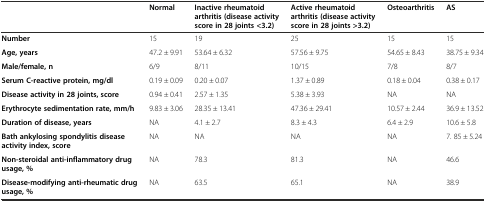
<table><thead><tr><td></td><td><b>Normal</b></td><td><b>Inactive rheumatoid arthritis (disease activity score in 28 joints &lt;3.2)</b></td><td><b>Active rheumatoid arthritis (disease activity score in 28 joints &gt;3.2)</b></td><td><b>Osteoarthritis</b></td><td><b>AS</b></td></tr></thead><tbody><tr><td><b>Number</b></td><td>15</td><td>19</td><td>25</td><td>15</td><td>15</td></tr><tr><td><b>Age, years</b></td><td>47.2 ± 9.91</td><td>53.64 ± 6.32</td><td>57.56 ± 9.75</td><td>54.65 ± 8.43</td><td>38.75 ± 9.34</td></tr><tr><td><b>Male/female, n</b></td><td>6/9</td><td>8/11</td><td>10/15</td><td>7/8</td><td>8/7</td></tr><tr><td><b>Serum C-reactive protein, mg/dl</b></td><td>0.19 ± 0.09</td><td>0.20 ± 0.07</td><td>1.37 ± 0.89</td><td>0.18 ± 0.04</td><td>0.38 ± 0.17</td></tr><tr><td><b>Disease activity in 28 joints, score</b></td><td>0.94 ± 0.41</td><td>2.57 ± 1.35</td><td>5.38 ± 3.93</td><td>NA</td><td>NA</td></tr><tr><td><b>Erythrocyte sedimentation rate, mm/h</b></td><td>9.83 ± 3.06</td><td>28.35 ± 13.41</td><td>47.36 ± 29.41</td><td>10.57 ± 2.44</td><td>36.9 ± 13.52</td></tr><tr><td><b>Duration of disease, years</b></td><td>NA</td><td>4.1 ± 2.7</td><td>8.3 ± 4.3</td><td>6.4 ± 2.9</td><td>10.6 ± 5.8</td></tr><tr><td><b>Bath ankylosing spondylitis disease activity index, score</b></td><td>NA</td><td>NA</td><td>NA</td><td>NA</td><td>7. 85 ± 5.24</td></tr><tr><td><b>Non-steroidal anti-inflammatory drug usage, %</b></td><td>NA</td><td>78.3</td><td>81.3</td><td>NA</td><td>46.6</td></tr><tr><td><b>Disease-modifying anti-rheumatic drug usage, %</b></td><td>NA</td><td>63.5</td><td>65.1</td><td>NA</td><td>38.9</td></tr></tbody></table>